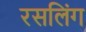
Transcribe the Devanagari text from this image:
रसलिंग